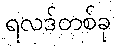
ရလဒ်တစ်ခု